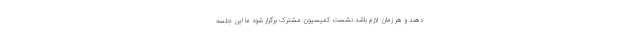
دهند و هر زمان لازم باشد نشست کمیسیون مشترک برگزار شود ما این جلسه